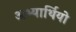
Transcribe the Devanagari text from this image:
अभ्यार्थियो